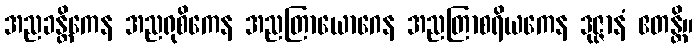
အညခန္တိကေန အညရုစိကေန အညတြာယောဂေန အညတြာစရိယကေန ဒုဇ္ဇာနံ ဧတန္တိ။